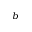
^ { b }